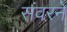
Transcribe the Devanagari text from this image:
संवरने